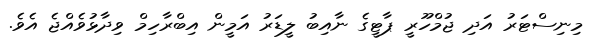
މިނިސްޓަރު އަދި ޖުމްހޫރީ ޕާޓީގެ ނާއިބު ލީޑަރު އަމީން އިބްރާހިމް ވިދާޅުވެއްޖެ އެވެ.